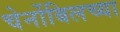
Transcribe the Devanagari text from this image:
चेर्नोबिलच्या